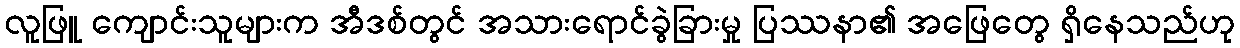
လူဖြူ ကျောင်းသူများက အီဒစ်တွင် အသားရောင်ခွဲခြားမှု ပြဿနာ၏ အဖြေတွေ ရှိနေသည်ဟု